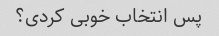
پس انتخاب خوبی کردی؟